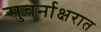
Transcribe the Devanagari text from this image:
सुवर्नाक्षरात